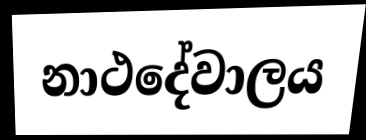
නාථදේවාලය